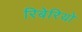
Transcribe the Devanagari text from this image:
रिबेरियो